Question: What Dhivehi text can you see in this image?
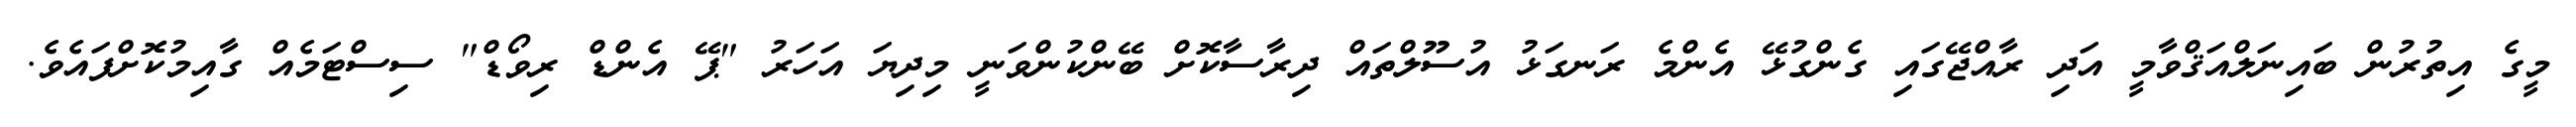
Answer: މީގެ އިތުރުން ބައިނަލްއަޤްވާމީ އަދި ރާއްޖޭގައި ގެންގުޅޭ އެންމެ ރަނގަޅު އުސޫލްތައް ދިރާސާކޮށް ބޭންކުންވަނީ މިދިޔަ އަހަރު "ޕޭ އެންޑް ރިވޯޑް" ސިސްޓަމެއް ގާއިމުކޮށްފައެވެ.